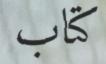
كتاب